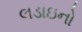
લડાઇનો